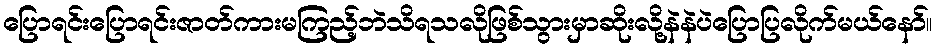
ပြောရင်းပြောရင်းဇာတ်ကားမကြည့်ဘဲသိရသလိုဖြစ်သွားမှာဆိုးလို့နဲနဲပဲပြောပြလိုက်မယ်နော်။